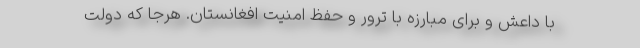
با داعش و برای مبارزه با ترور و حفظ امنیت افغانستان. هرجا که دولت